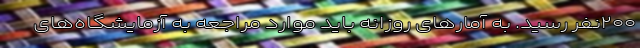
۲۰۰نفر رسید. به آمارهای روزانه باید موارد مراجعه به آزمایشگاه‌های